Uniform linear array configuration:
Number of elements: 24
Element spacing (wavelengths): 1
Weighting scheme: binomial
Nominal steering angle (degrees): -30
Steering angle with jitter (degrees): -30.504
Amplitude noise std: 0.05
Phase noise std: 0.05

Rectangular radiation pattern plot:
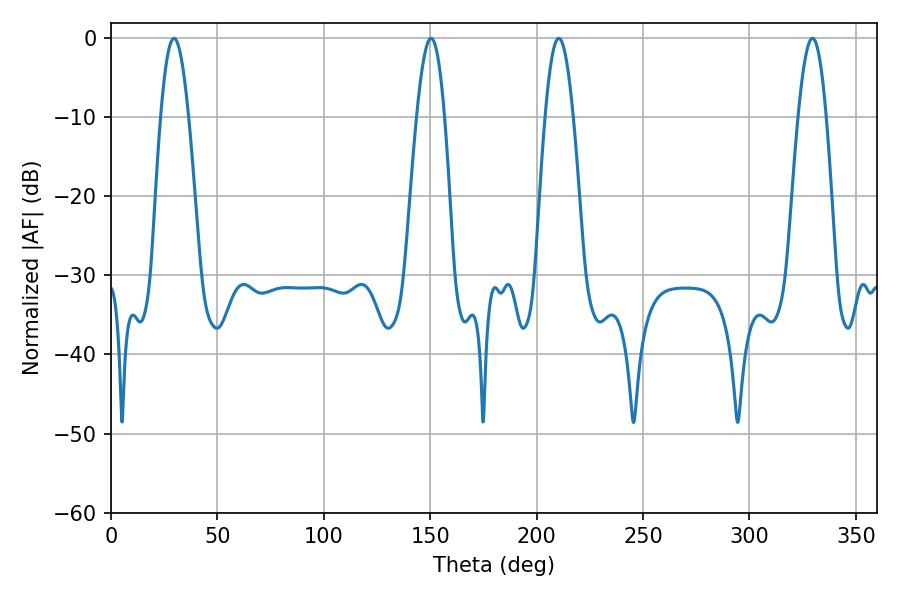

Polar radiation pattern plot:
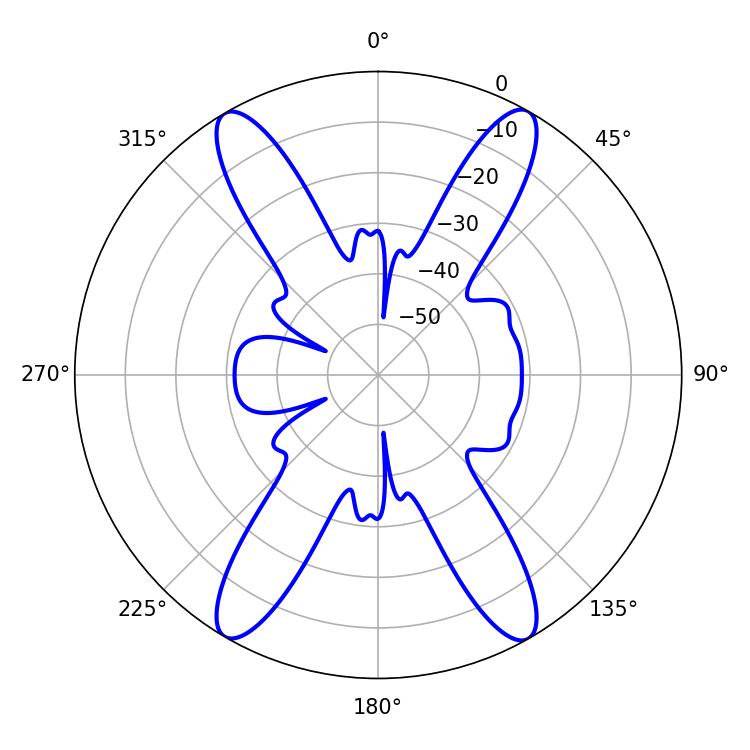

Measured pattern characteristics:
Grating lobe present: TRUE
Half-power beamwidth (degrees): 7.2
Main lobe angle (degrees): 210.42